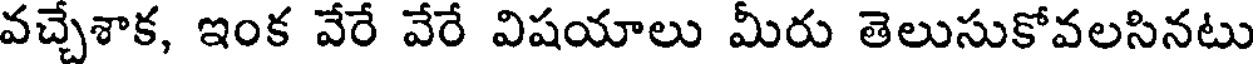
వచ్చేశాక, ఇంక వేరే వేరే విషయాలు మీరు తెలుసుకోవలసినటు